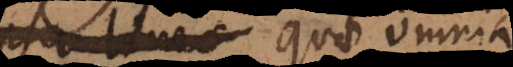
lineae, quae omnia